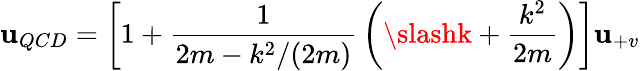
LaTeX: \mathbf{u}_{QCD}=\left[1+{\frac{{1}}{{2m-k^{2}/(2m)}}}\left(\slashk+{\frac{{k^{2}}}{{2m}}}\right)\right]\mathbf{u}_{+v}